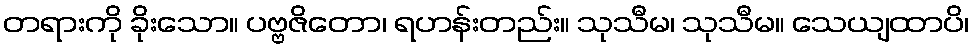
တရားကို ခိုးသော။ ပဗ္ဗဇိတော၊ ရဟန်းတည်း။ သုသီမ၊ သုသီမ။ သေယျထာပိ၊